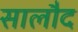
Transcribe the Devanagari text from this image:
सालौद